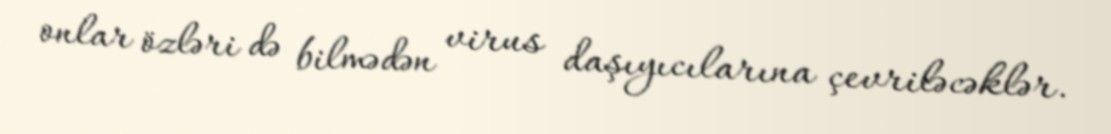
onlar özləri də bilmədən virus daşıyıcılarına çevriləcəklər.